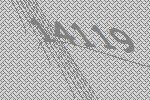
14119